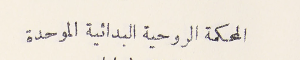
المحكمة الروحية البدائية الموحدة